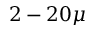
2 - 2 0 \mu